Scientific memoirs by medical officers of the Army of India - Part XII,
Year: 1901
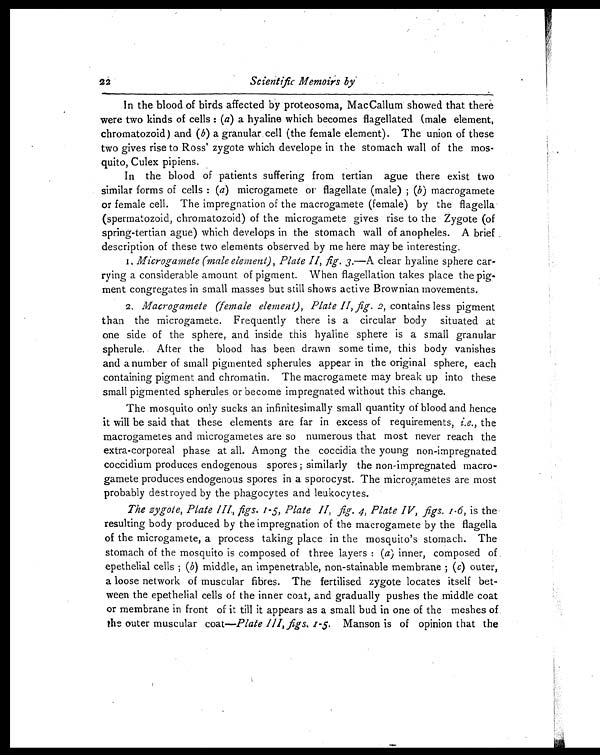
2 2
Scientific Memoirs by
In the blood of birds affected by proteosoma, MacCallum showed that there
were two kinds of cells : ( a) a hyaline which becomes flagellated (male element,
chromatozoid) and ( b) a granular cell (the female element). The union of these
two gives rise to Ross' zygote which develope in the stomach wall of the mos-
quito, Culex pipiens.
In the blood of patients suffering from tertian ague there exist two
similar forms of cells : (a) microgamete or flagellate (male) ; (b) macrogamete
or female cell. The impregnation of the macrogamete (female) by the flagella
(spermatozoid, chromatozoid) of the microgamete gives rise to the Zygote (of
spring-tertian ague) which develops in the stomach wall of anopheles. A brief
description of these two elements observed by me here may be interesting.
1. Microgamete (male element), Plate II, fig. 3.—A clear hyaline sphere car-
rying a considerable amount of pigment. When flagellation takes place the pig-
ment congregates in small masses but still shows active Brownian movements.
2. Macrogamete (female element), Plate II, fig. 2, contains less pigment
than the microgamete. Frequently there is a circular body situated at
one side of the sphere, and inside this hyaline sphere is a small granular
spherule. After the blood has been drawn some time, this body vanishes
and a number of small pigmented spherules appear in the original sphere, each
containing pigment and chromatin. The macrogamete may break up into these
small pigmented spherules or become impregnated without this change.
The mosquito only sucks an infinitesimally small quantity of blood and hence
it will be said that these elements are far in excess of requirements, i.e., the
macrogametes and microgametes are so numerous that most never reach the
extra-corporeal phase at all . Among the coccidia the young non-impregnated
coccidium produces endogenous spores ; similarly the non-impregnated macro-
gamete produces endogenous spores in a sporocyst. The microgametes are most
probably destroyed by the phagocytes and leukocytes.
The zygote, Plate III, figs. 1-5, Plate II, fig. 4, Plate IV, figs. 1-6, is the
resulting body produced by the impregnation of the macrogamete by the flagella
of the microgamete, a process taking place in the mosquito's stomach. The
stomach of the mosquito is composed of three layers : ( a) inner, composed of
epethelial cells ; ( b) middle, an impenetrable, non-stainable membrane ; ( c) outer,
a loose network of muscular fibres. The fertilised zygote locates itself bet-
ween the epethelial cells of the inner coat, and gradually pushes the middle coat
or membrane in front of it till it appears as a small bud in one of the meshes of
the outer muscular coat —Plate III, figs. 1-5. Manson is of opinion that the